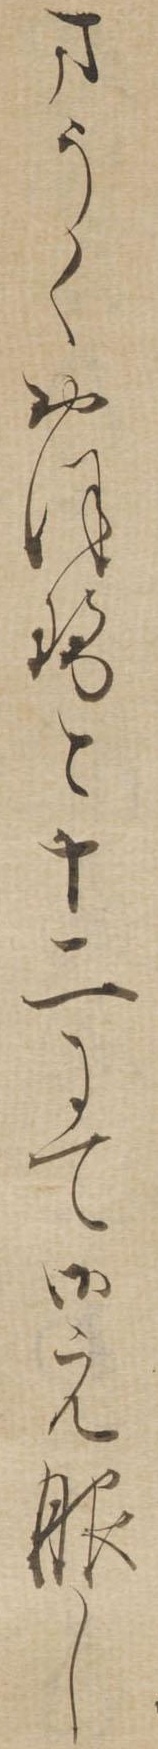
まうくおほせと十二にて御元服し